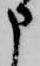
申